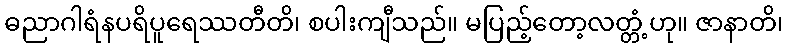
ဓညာဂါရံနပရိပူရေဿတီတိ၊ စပါးကျီသည်။ မပြည့်တော့လတ္တံ့ဟု။ ဇာနာတိ၊